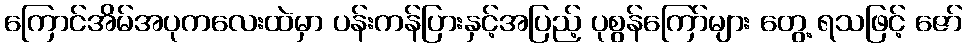
ကြောင်အိမ်အပုကလေးထဲမှာ ပန်းကန်ပြားနှင့်အပြည့် ပုစွန်ကြော်များ တွေ့ ရသဖြင့် ဇော်